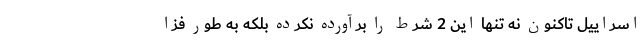
اسراییل تاکنون نه تنها این 2 شرط را برآورده نکرده بلکه به طور فزا